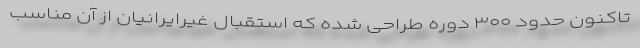
تاکنون حدود ۳۰۰ دوره طراحی شده که استقبال غیرایرانیان از آن مناسب